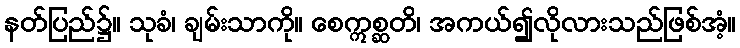
နတ်ပြည်၌။ သုခံ၊ ချမ်းသာကို။ စေဣစ္ဆတိ၊ အကယ်၍လိုလားသည်ဖြစ်အံ့။